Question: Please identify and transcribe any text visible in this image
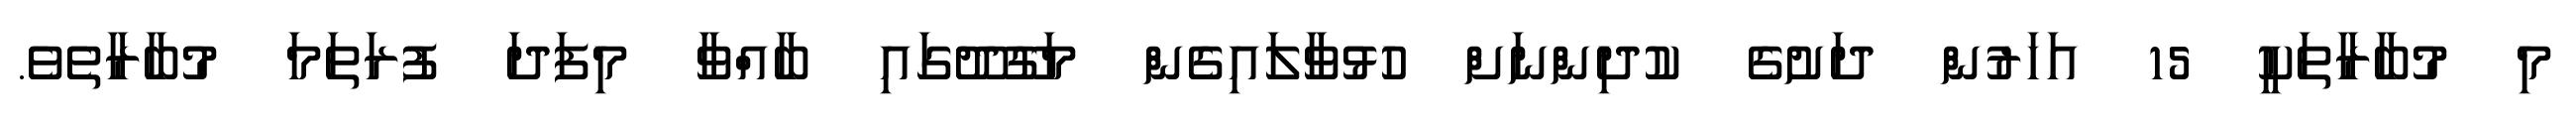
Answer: މި މުބާރާތަކީ 15 އަހަރުން ދަށުގެ ކުދިންނަށް ހުޅުވާލައިގެން މަގޫދޫގައި ބާއްވާ މިފަދަ ފުރަތަމަ މުބާރާތެވެ.